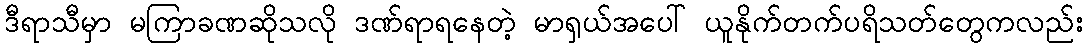
ဒီရာသီမှာ မကြာခဏဆိုသလို ဒဏ်ရာရနေတဲ့ မာရှယ်အပေါ် ယူနိုက်တက်ပရိသတ်တွေကလည်း